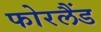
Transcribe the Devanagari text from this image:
फोरलैंड